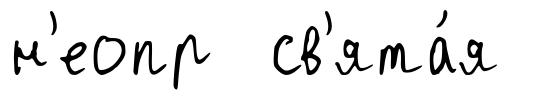
н'еопр св'ята́я